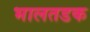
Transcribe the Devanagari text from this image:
भालतडक